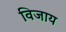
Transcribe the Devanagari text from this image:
विजाय